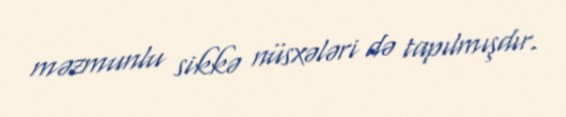
məzmunlu sikkə nüsxələri də tapılmışdır.